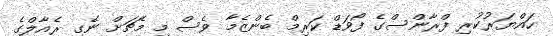
ހައްޔަރުކުރި ފްރާންސްގެ ފޯވަޑް ކަރިމް ބެންޒެމާ ވެސް މި މެޗަށް ނެގި ރެއާލްގެ